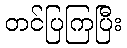
တင်ပြကြပြီး